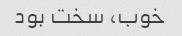
خوب، سخت بود